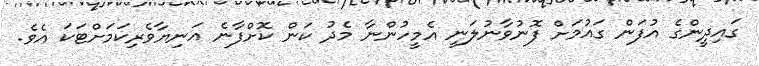
ގައިދީންގެ އުފަން ގައުމަށް ފޮނުވާނުލަނީ އެމީހުންނާ މެދު ކަން ކޮށްފާނެ އަނިޔާވެރިކަމަށްޓަކަ އެވެ.